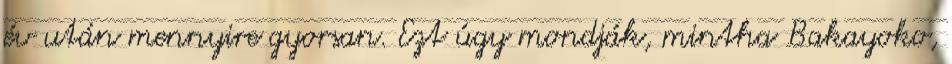
év után mennyire gyorsan. Ezt úgy mondják, mintha Bakayoko,